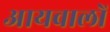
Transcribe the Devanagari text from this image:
आयवालों